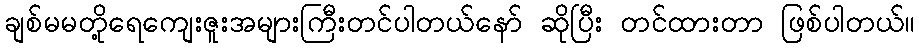
ချစ်မမတို့ရေကျေးဇူးအများကြီးတင်ပါတယ်နော် ဆိုပြီး တင်ထားတာ ဖြစ်ပါတယ်။